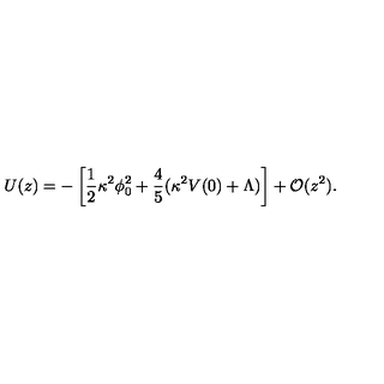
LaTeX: U ( z ) = - \left[ { \frac { 1 } { 2 } } \kappa ^ { 2 } \phi _ { 0 } ^ { 2 } + { \frac { 4 } { 5 } } ( \kappa ^ { 2 } V ( 0 ) + \Lambda ) \right] + { \cal O } ( z ^ { 2 } ) .